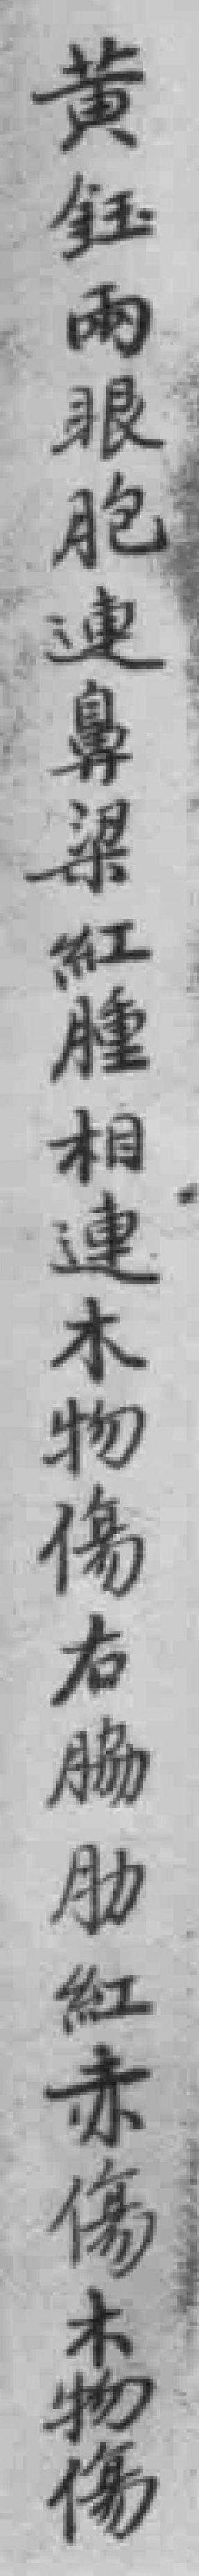
黄钰兩眼胞連鼻梁紅腫相連木物傷右脇肋紅赤傷木物傷